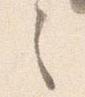
之